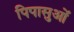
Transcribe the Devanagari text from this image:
पिपासुओं